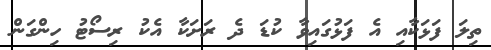
ތިލަ ފަޅަކާއި އެ ފަޅުގައިވާ ކުޑަ ދެ ރަށަކާ އެކު ރިސޯޓު ހިންގަން